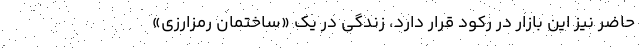
حاضر نیز این بازار در رکود قرار دارد، زندگی در یک «ساختمان رمزارزی»